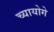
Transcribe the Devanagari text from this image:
च्यायोगे